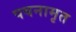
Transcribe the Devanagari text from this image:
पवनामृत